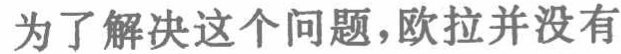
为了解决这个问题，欧拉并没有